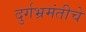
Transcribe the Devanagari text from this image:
दुर्गभ्रमंतीचे